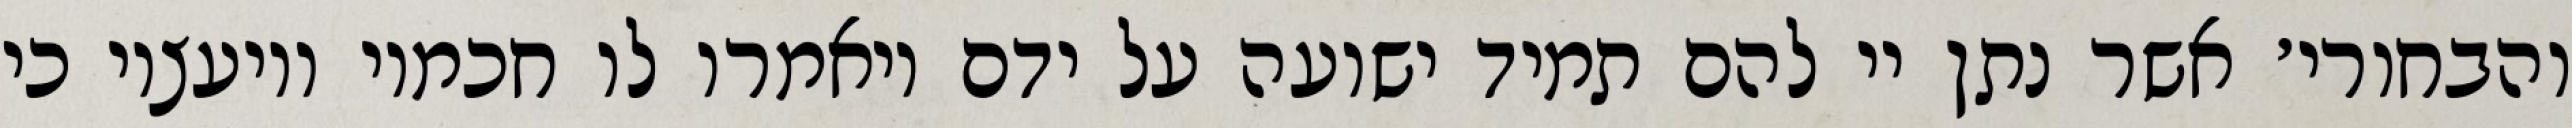
והבחורי׳ אשר נתן יי להם תמיד ישועה על ידם ויאמרו לו חכמיו ויועציו כי